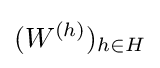
(W^{(h)})_{h\in H}